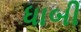
ધાબી